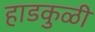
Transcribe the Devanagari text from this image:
हाडकुळी